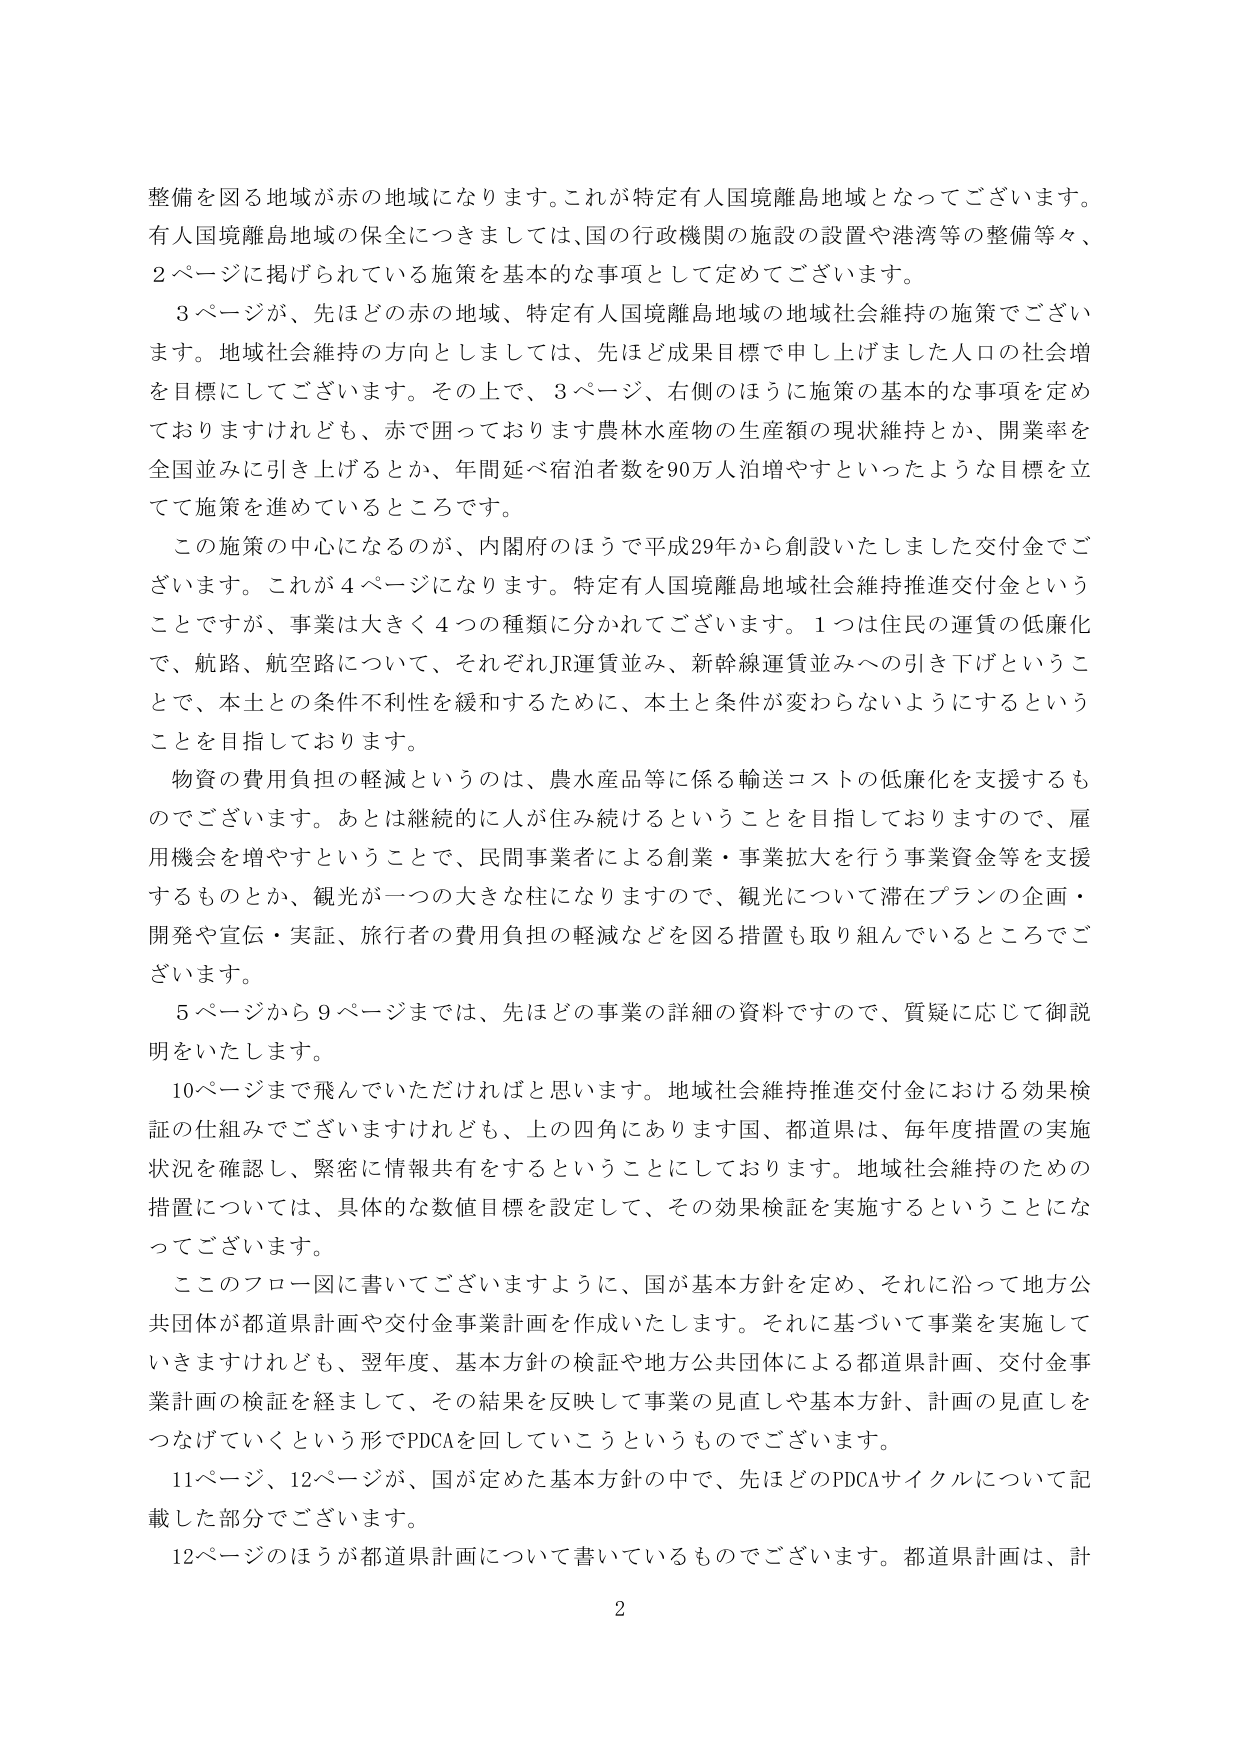
整備を図る地域が赤の地域になります。これが特定有人国境離島地域となってございます。
有人国境離島地域の保全につきましては、国の行政機関の施設の設置や港湾等の整備等々、
2ページに掲げられている施策を基本的な事項として定めてございます。

3ページが、先ほどの赤の地域、特定有人国境離島地域の地域社会維持の施策でございます。地域社会維持の方向としましては、先ほど成果目標で申し上げました人口の社会増を目標にしてございます。その上で、3ページ、右側のほうに施策の基本的な事項を定めておりますけれども、赤で囲っております農林水産物の生産額の現状維持とか、開業率を全国並みに引き上げるとか、年間延べ宿泊者数を90万人泊増やすといったような目標を立てて施策を進めているところです。

この施策の中心になるのが、内閣府のほうで平成29年から創設いたしました交付金でございます。これが4ページになります。特定有人国境離島地域社会維持推進交付金ということですが、事業は大きく4つの種類に分かれてございます。1つは住民の運賃の低廉化で、航路、航空路について、それぞれJR運賃並み、新幹線運賃並みへの引き下げということで、本土との条件不利性を緩和するために、本土と条件が変わらないようにするということを目指しております。

物資の費用負担の軽減というのは、農水産品等に係る輸送コストの低廉化を支援するものでございます。あとは継続的に人が住み続けるということを目指しておりますので、雇用機会を増やすということで、民間事業者による創業・事業拡大を行う事業資金等を支援するものとか、観光が一つの大きな柱になりますので、観光について滞在プランの企画・開発や宣伝・実証、旅行者の費用負担の軽減などを図る措置も取り組んでいるところでございます。

5ページから9ページまでは、先ほどの事業の詳細の資料ですので、質疑に応じて御説明をいたします。

10ページまで飛んでいただければと思います。地域社会維持推進交付金における効果検証の仕組みでございますけれども、上の四角にあります国、都道県は、毎年度措置の実施状況を確認し、緊密に情報共有をするということにしております。地域社会維持のための措置については、具体的な数値目標を設定して、その効果検証を実施するということになってございます。

このフロー図に書いてございますように、国が基本方針を定め、それに沿って地方公共団体が都道県計画や交付金事業計画を作成いたします。それに基づいて事業を実施していきますけれども、翌年度、基本方針の検証や地方公共団体による都道県計画、交付金事業計画の検証を経まして、その結果を反映して事業の見直しや基本方針、計画の見直しをつなげていくという形でPDCAを回していこうというものでございます。

11ページ、12ページが、国が定めた基本方針の中で、先ほどのPDCAサイクルについて記載した部分でございます。

12ページのほうが都道県計画について書いているものでございます。都道県計画は、計

2